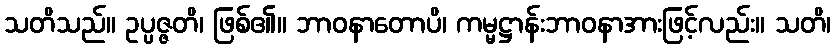
သတိသည်။ ဥပ္ပဇ္ဇတိ၊ ဖြစ်၏။ ဘာဝနာတောပိ၊ ကမ္မဋ္ဌာန်းဘာဝနာအားဖြင့်လည်း။ သတိ၊